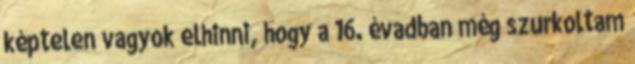
képtelen vagyok elhinni, hogy a 16. évadban még szurkoltam